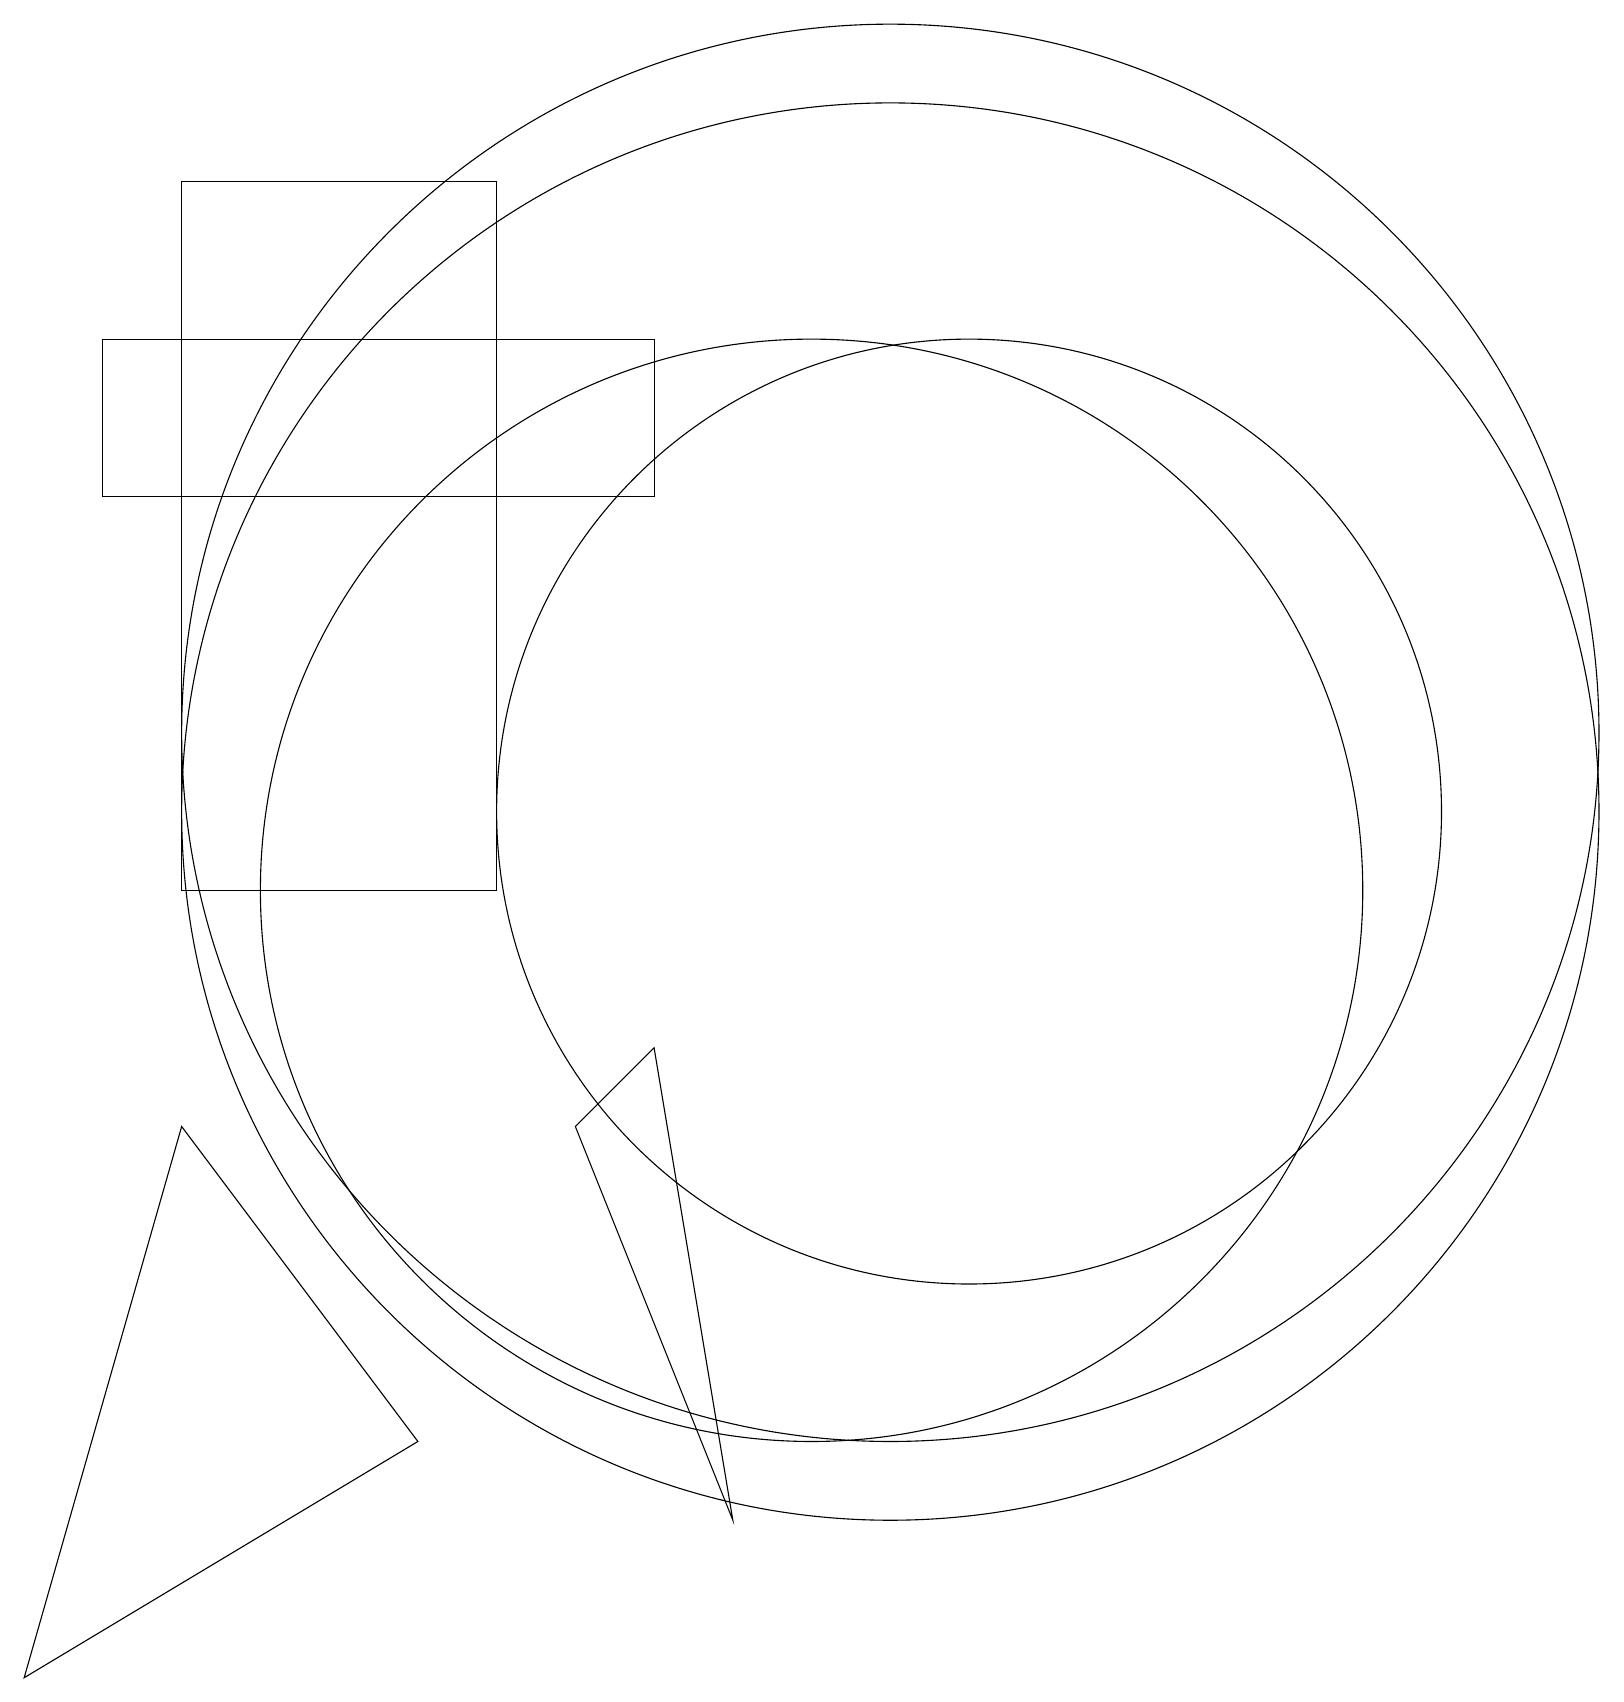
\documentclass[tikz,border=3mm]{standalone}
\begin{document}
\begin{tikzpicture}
\draw (8,8) -- (9,2) -- (7,7) -- cycle;
\draw (12,11) circle (6);
\draw (6,10) rectangle (2,19);
\draw (11,12) circle (9);
\draw (11,11) circle (9);
\draw (10,10) circle (7);
\draw (8,15) rectangle (1,17);
\draw (2,7) -- (5,3) -- (0,0) -- cycle;
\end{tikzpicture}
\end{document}